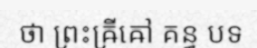
ថា ព្រះឝ្រីឝៅ គន្ធ បទ